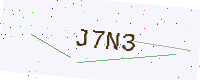
Text: J7N3